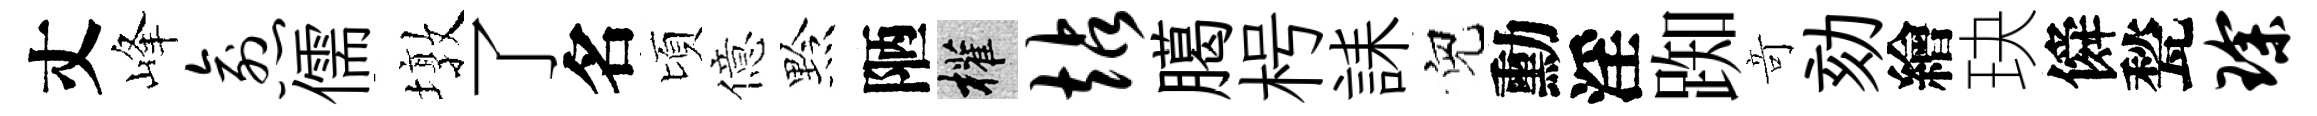
丈峰愈儒墩了名頃億黔陋權站臈枵誄兒勳淫踟竒劾繪玦僢甃琛